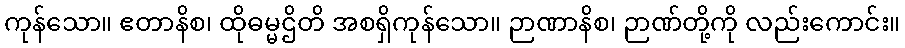
ကုန်သော။ ဧတာနိစ၊ ထိုဓမ္မဌိတိ အစရှိကုန်သော။ ဉာဏာနိစ၊ ဉာဏ်တို့ကို လည်းကောင်း။